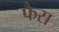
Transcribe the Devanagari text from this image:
फैस